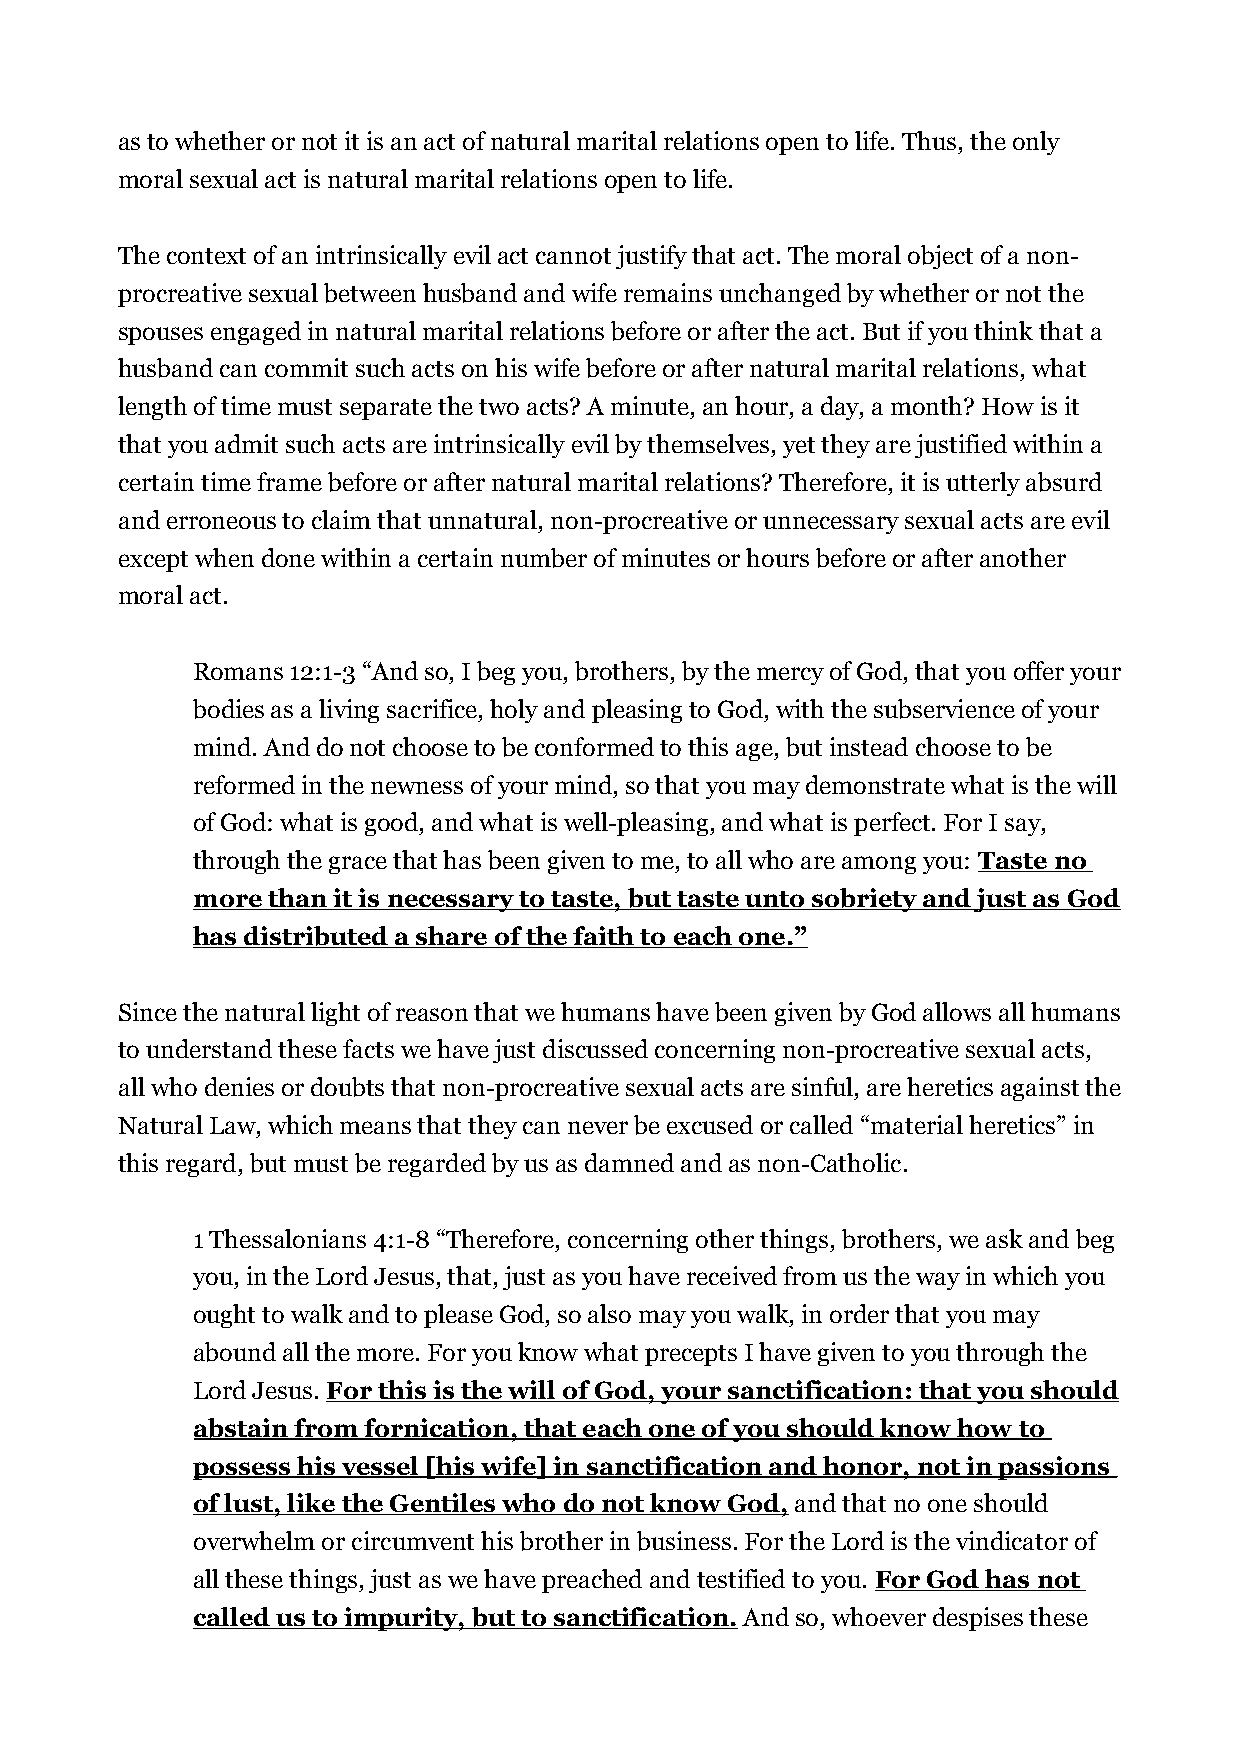
as to whether or not it is an act of natural marital relations open to life. Thus, the only
 moral sexual act is natural marital relations open to life.
 The context of an intrinsically evil act cannot justify that act. The moral object of a non-
 procreative sexual between husband and wife remains unchanged by whether or not the
 spouses engaged in natural marital relations before or after the act. But if you think that a
 husband can commit such acts on his wife before or after natural marital relations, what
 length of time must separate the two acts? A minute, an hour, a day, a month? How is it
 that you admit such acts are intrinsically evil by themselves, yet they are justified within a
 certain time frame before or after natural marital relations? Therefore, it is utterly absurd
 and erroneous to claim that unnatural, non-procreative or unnecessary sexual acts are evil
 except when done within a certain number of minutes or hours before or after another
 moral act.
 Romans 12:1-3 “And so, I beg you, brothers, by the mercy of God, that you offer your
 bodies as a living sacrifice, holy and pleasing to God, with the subservience of your
 mind. And do not choose to be conformed to this age, but instead choose to be
 reformed in the newness of your mind, so that you may demonstrate what is the will
 of God: what is good, and what is well-pleasing, and what is perfect. For I say,
 through the grace that has been given to me, to all who are among you: Taste no
 more than it is necessary to taste, but taste unto sobriety and just as God
 has distributed a share of the faith to each one.”
 Since the natural light of reason that we humans have been given by God allows all humans
 to understand these facts we have just discussed concerning non-procreative sexual acts,
 all who denies or doubts that non-procreative sexual acts are sinful, are heretics against the
 Natural Law, which means that they can never be excused or called “material heretics” in
 this regard, but must be regarded by us as damned and as non-Catholic.
 1 Thessalonians 4:1-8 “Therefore, concerning other things, brothers, we ask and beg
 you, in the Lord Jesus, that, just as you have received from us the way in which you
 ought to walk and to please God, so also may you walk, in order that you may
 abound all the more. For you know what precepts I have given to you through the
 Lord Jesus. For this is the will of God, your sanctification: that you should
 abstain from fornication, that each one of you should know how to
 possess his vessel [his wife] in sanctification and honor, not in passions
 of lust, like the Gentiles who do not know God, and that no one should
 overwhelm or circumvent his brother in business. For the Lord is the vindicator of
 all these things, just as we have preached and testified to you. For God has not
 called us to impurity, but to sanctification. And so, whoever despises these